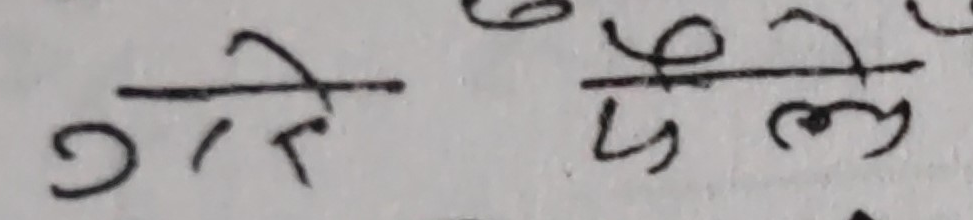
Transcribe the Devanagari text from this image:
गति ले